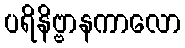
ပရိနိဗ္ဗာနကာလော